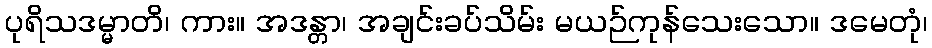
ပုရိသဒမ္မာတိ၊ ကား။ အဒန္တာ၊ အချင်းခပ်သိမ်း မယဉ်ကုန်သေးသော။ ဒမေတုံ၊